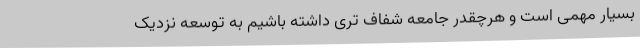
بسیار مهمی است و هرچقدر جامعه شفاف تری داشته باشیم به توسعه نزدیک